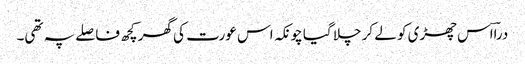
دراؔاس چھڑی کو لے کر چلا گیا چونکہ اس عورت کی گھر کچھ فاصلے پہ تھی۔